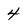
Character: 4